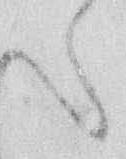
へ